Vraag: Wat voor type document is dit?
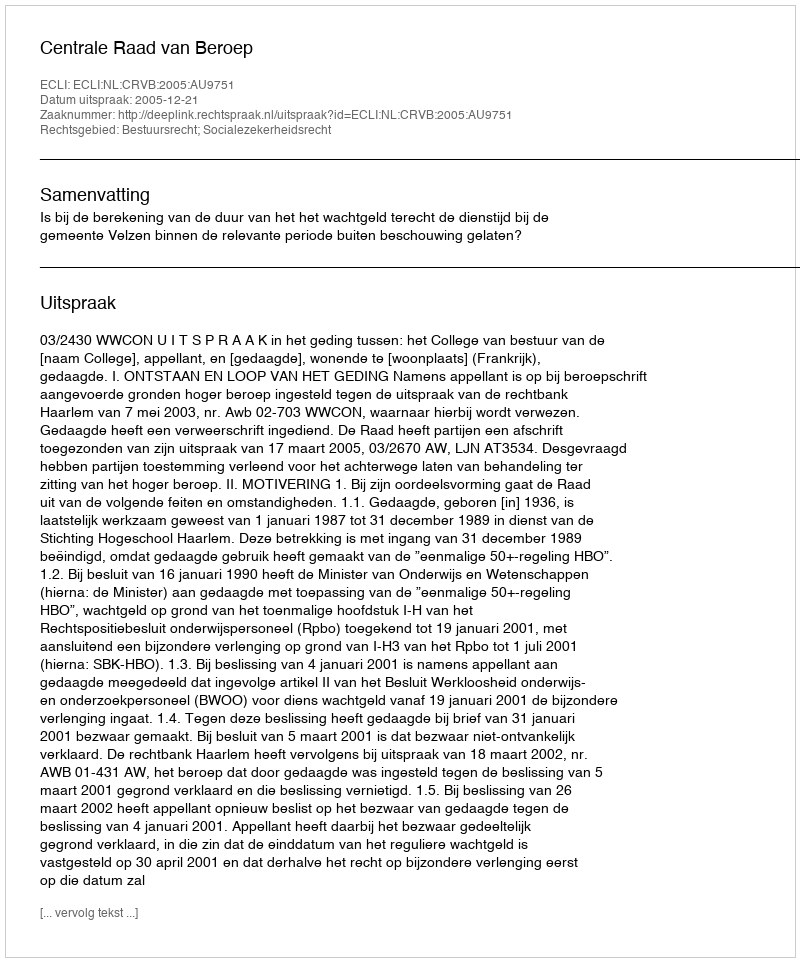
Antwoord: Uitspraak